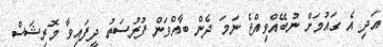
އަދި އެ ގައުމަށް ނުބޭއްވިއްޖެ ނަމަ ދެން ބާއްވަން ފުރުސަތު ދީފައިވާ މޮރިޝަސް